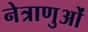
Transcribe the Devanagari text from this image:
नेत्राणुओं